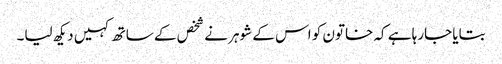
بتایا جارہا ہے کہ خاتون کو اس کے شوہر نے شخص کے ساتھ کہیں دیکھ لیا۔